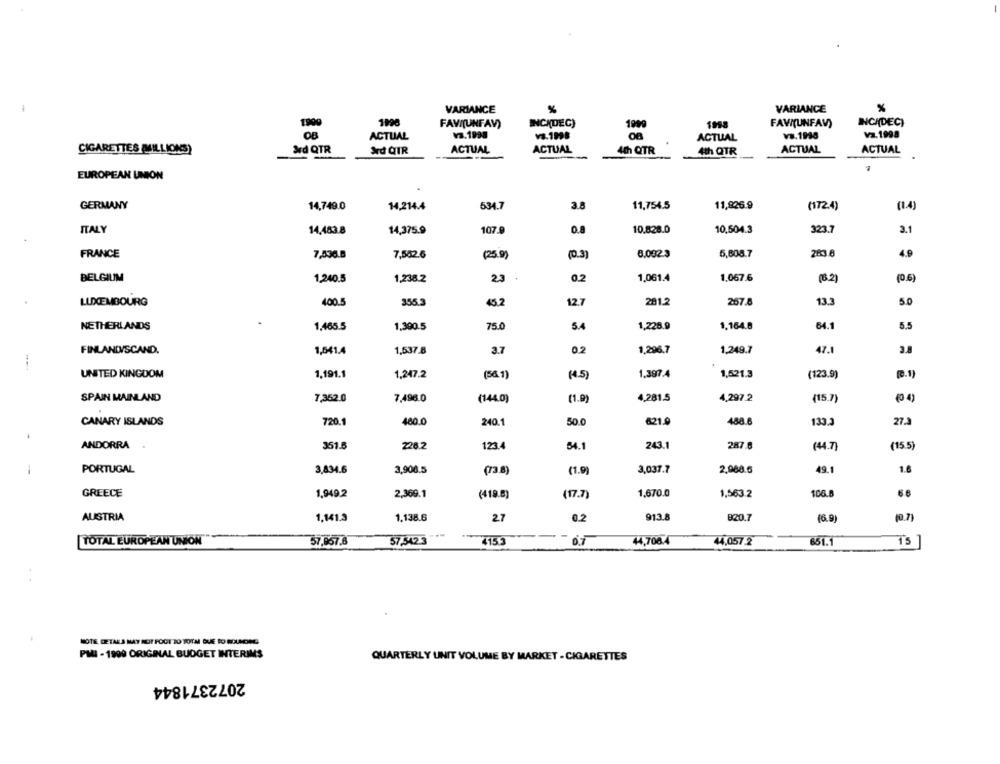
VARIANCE
VARIANCE
1996
INCHDEC)
FAVI(UNFAV)
INCADEC)
FAVI(UNFAV)
OB
ACTUAL
va.1998
ACTUAL
v8.1998
Va.1998
CIGARETTES (MILLIONS)
&d QTR
Ard QTR
ACTUAL
ACTUAL
4th QTR
4th QTR
ACTUAL
ACTUAL
EUROPEAN UNION
GERMANY
14,749.0
14,214.4
534.7
3.8
11,754.5
11,826.9
(172.4)
(1.4)
ITALY
14,483.8
107.9
0.
10.828.0
10,504.3
323.7
2.1
14,375.9
FRANCE
8,0923
5,808.7
203.8
4.9
7,536.8
7,582.6
(250)
(0.3)
BELGIUM
1,240.5
1,238.2
2.3
0.2
1,061.4
1.067.6
(6.2)
(0.6)
LUXEMBOURG
400.5
355.3
45.2
12.7
281.2
267.8
13.3
5.0
NETHERLANDS
1,468.5
1,390.5
75.0
5.4
1,228.9
1.164.8
64.
5.5
FINLANDSCAND.
1,541.4
1,537.8
3.7
02
1,296.7
1,249.7
47.
3.8
UNITED KINGDOM
1.191.1
(56.1)
(4.5)
1.397.4
1,521.3
(123.9)
(0.1)
1,247.2
SPAIN MAINLAND
7,352.0
(1.0)
4,281.5
4,297.2
(0 4)
7,496.0
(144.0)
(15.7)
720.1
480.0
50.0
621.9
488.6
27.3
CANARY ISLANDS
240.1
133.3
ANDORRA
351.5
226.2
123.4
54.1
243.1
287.8
(44.7)
(15.5)
-
PORTUGAL
3,434.6
3,906.5
(73.8)
(1.9
3,037.7
2,988.5
49.1
1.6
GREECE
1,949.2
2,369.1
(418.6)
(17.7)
1,670.0
1,563.2
106.8
66
AUSTRIA
1.141.3
1.138.6
27
0.2
913.8
820.7
(6.9)
(0.7]
TOTAL EUROPEAN UNION
57,857.6
57,342.3
415.3
0.7
44,708.4
44,057.2
651.1
T's
NOTE DETALLA MAY NOT FOCI 20 TOTA QUE TO SOUNDEG
PHI - 1990 ORIGINAL BUDGET INTERIMS
QUARTERLY UNIT VOLUME BY MARKET - CIGARETTES
2072371844